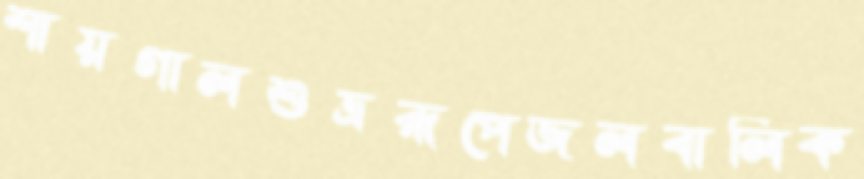
শায়গালশুভ্ররূপেজলবালিক